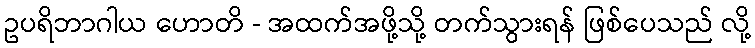
ဥပရိဘာဂါယ ဟောတိ - အထက်အဖို့သို့ တက်သွားရန် ဖြစ်ပေသည် လို့